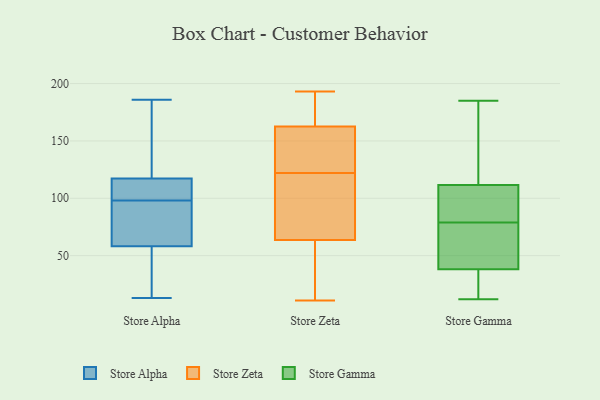
{"axis": {"x": "Satisfaction Score", "y": "Value"}, "legend": ["Store Alpha", "Store Gamma", "Store Zeta"], "data": [{"x": "", "y": 98, "type": "Store Alpha"}, {"x": "", "y": 99, "type": "Store Alpha"}, {"x": "", "y": 148, "type": "Store Alpha"}, {"x": "", "y": 97, "type": "Store Alpha"}, {"x": "", "y": 107, "type": "Store Alpha"}, {"x": "", "y": 38, "type": "Store Alpha"}, {"x": "", "y": 44, "type": "Store Alpha"}, {"x": "", "y": 63, "type": "Store Alpha"}, {"x": "", "y": 13, "type": "Store Alpha"}, {"x": "", "y": 186, "type": "Store Alpha"}, {"x": "", "y": 163, "type": "Store Alpha"}, {"x": "", "y": 68, "type": "Store Alpha"}, {"x": "", "y": 100, "type": "Store Alpha"}, {"x": "", "y": 74, "type": "Store Zeta"}, {"x": "", "y": 151, "type": "Store Zeta"}, {"x": "", "y": 160, "type": "Store Zeta"}, {"x": "", "y": 11, "type": "Store Zeta"}, {"x": "", "y": 193, "type": "Store Zeta"}, {"x": "", "y": 170, "type": "Store Zeta"}, {"x": "", "y": 79, "type": "Store Zeta"}, {"x": "", "y": 122, "type": "Store Zeta"}, {"x": "", "y": 73, "type": "Store Zeta"}, {"x": "", "y": 19, "type": "Store Zeta"}, {"x": "", "y": 160, "type": "Store Zeta"}, {"x": "", "y": 189, "type": "Store Zeta"}, {"x": "", "y": 36, "type": "Store Zeta"}, {"x": "", "y": 45, "type": "Store Gamma"}, {"x": "", "y": 113, "type": "Store Gamma"}, {"x": "", "y": 168, "type": "Store Gamma"}, {"x": "", "y": 112, "type": "Store Gamma"}, {"x": "", "y": 110, "type": "Store Gamma"}, {"x": "", "y": 36, "type": "Store Gamma"}, {"x": "", "y": 12, "type": "Store Gamma"}, {"x": "", "y": 79, "type": "Store Gamma"}, {"x": "", "y": 91, "type": "Store Gamma"}, {"x": "", "y": 28, "type": "Store Gamma"}, {"x": "", "y": 185, "type": "Store Gamma"}, {"x": "", "y": 96, "type": "Store Gamma"}, {"x": "", "y": 34, "type": "Store Gamma"}, {"x": "", "y": 57, "type": "Store Gamma"}, {"x": "", "y": 66, "type": "Store Gamma"}]}